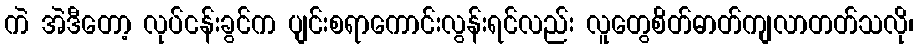
ကဲ အဲဒီတော့ လုပ်ငန်းခွင်က ပျင်းစရာကောင်းလွန်းရင်လည်း လူတွေစိတ်ဓာတ်ကျလာတတ်သလို၊